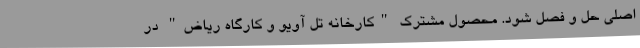
اصلى حل و فصل شود. محصول مشترک "کارخانه تل آویو و کارگاه ریاض" در